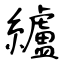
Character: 纑